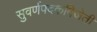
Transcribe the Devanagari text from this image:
सुवर्णपदकविजेती